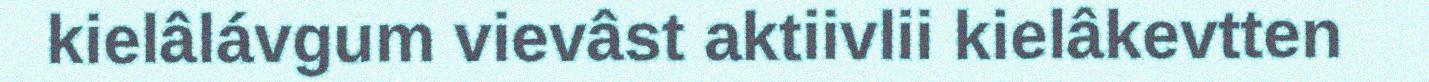
kielâlávgum vievâst aktiivlii kielâkevtten